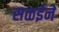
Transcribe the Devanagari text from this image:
सळईने